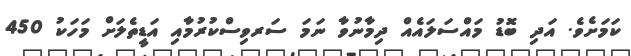
ކަމަށެވެ. އަދި ބޮޑު މައްސަލައެއް ދިމާނުވާ ނަމަ ސަރވިސްކުރުމާއި އަޑީތެލަށް މަހަކު 450